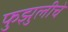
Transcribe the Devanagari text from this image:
फुझुलीचे